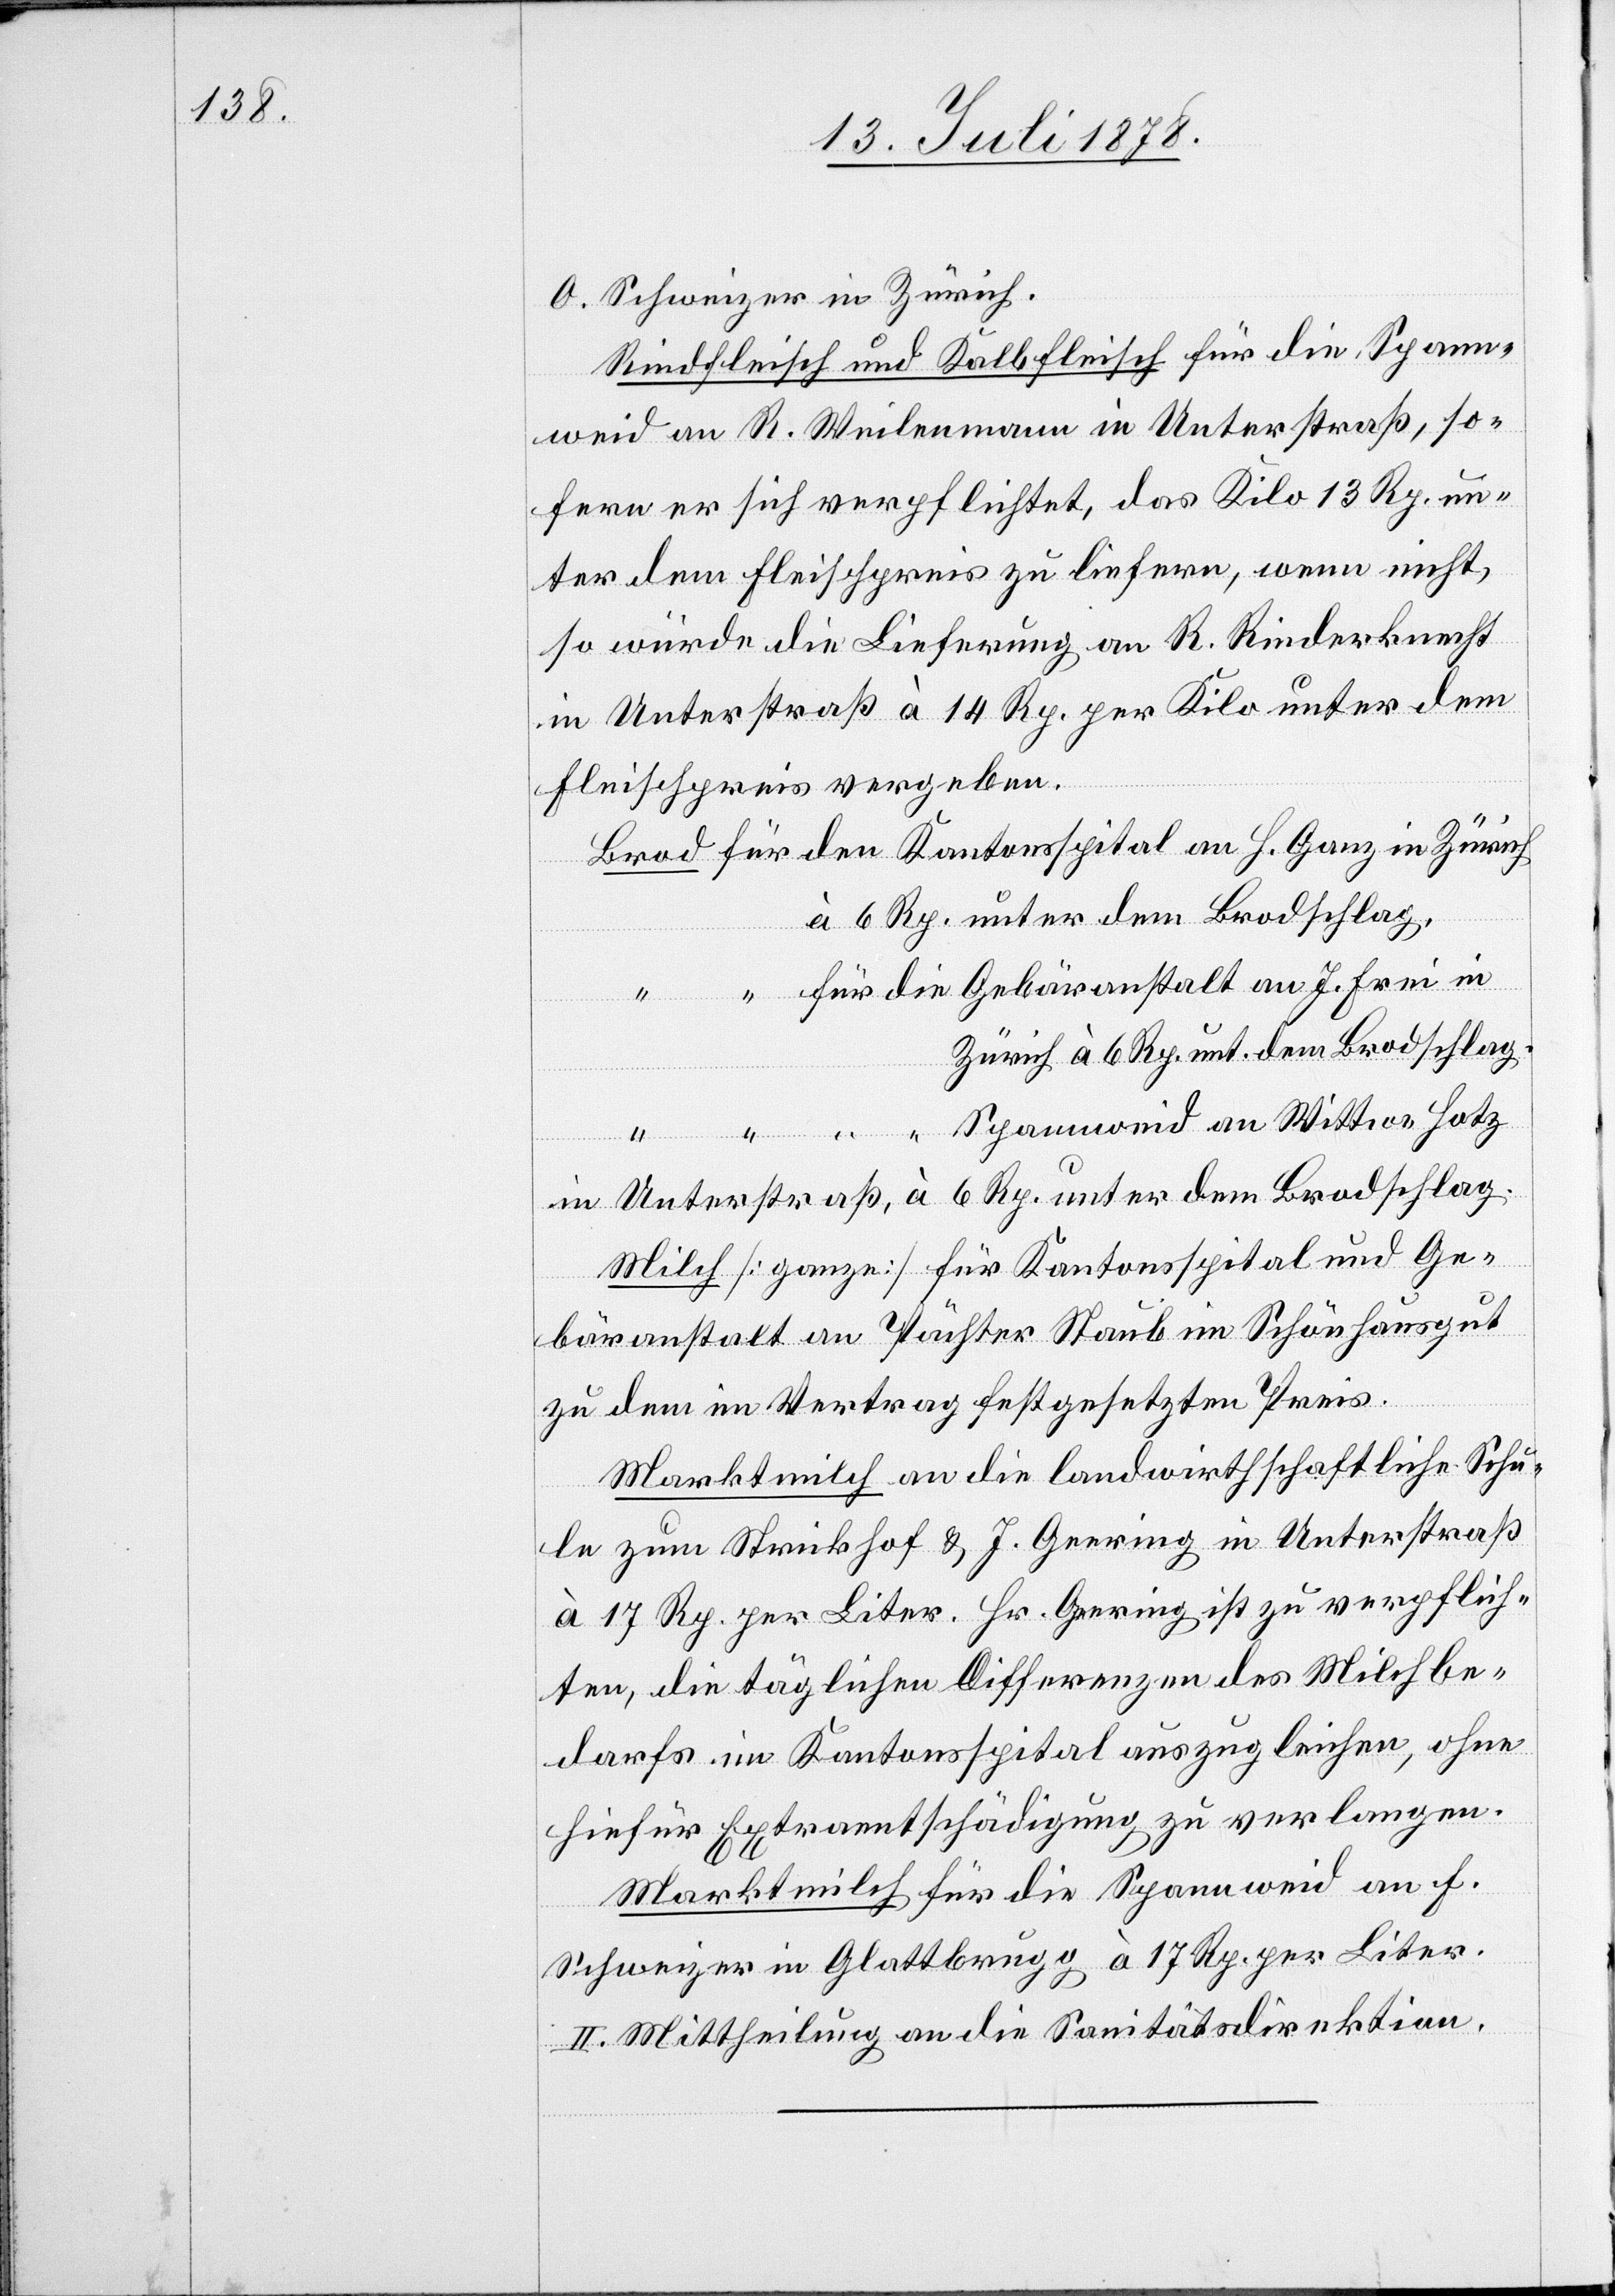
O. Schweizer in Zürich.
Rindfleisch und Kalbfleisch für die Spann¬
weid an R. Weilenmann in Unterstraß, so¬
fern er sich verpflichtet, das Kilo 13 Rp. un¬
ter dem Fleischpreis zu liefern, wenn nicht,
so würde die Lieferung an R. Rinderknecht
in Unterstraß à 14 Rp. per Kilo unter dem
Fleischpreis vergeben.
Brod für den Kantonsspital an H. Ganz in Zürich
à 6 Rp. unter dem Brodschlag.
J.
Zürich à 6 Rp. unt. dem Brodschlag.
“ “ “ “ Spannweid an Wittwe Hotz
in Unterstraß, à 6 Rp. unter dem Brodschlag.
Milch [ganze] für Kantonsspital und Ge¬
bäranstalt an Pächter Staub im Schönhausgut
zu dem im Vertrag festgesetzten Preis.
Marktmilch an die landwirthschaftliche Schu¬
le zum Strickhof & J. Geering in Unterstraß
à 17 Rp. per Liter. Hr. Geering ist zu verpflich¬
ten, die täglichen Differenzen des Milchbe¬
darfs im Kantonsspital auszugleichen, ohne
hiefür Extraentschädigung zu verlangen.
Marktmilch für die Spannweid an F.
Frei in
Schweizer in Glattbrugg à 17 Rp. per Liter.
II. Mittheilung an die Sanitätsdirektion.